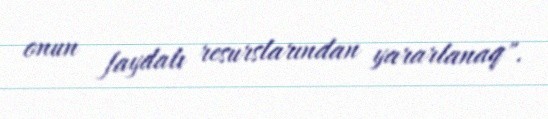
onun faydalı resurslarından yararlanaq".